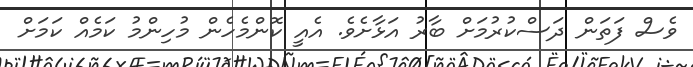
ވެސް ފަތަން ދަސްކުރުމަށް ބާރު އަޅާށެވެ. އެއީ ކޮންމެހެން މުހިންމު ކަމެއް ކަމަށް